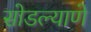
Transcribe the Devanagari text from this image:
सोडल्याणे